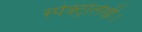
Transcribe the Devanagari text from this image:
स्पेक्ट्रोलेखी।